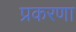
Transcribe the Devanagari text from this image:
प्रकरणा